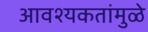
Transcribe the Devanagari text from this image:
आवश्यकतांमुळे